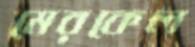
মেরকেল